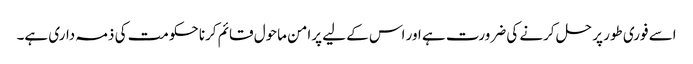
اسے فوری طور پر حل کرنے کی ضرورت ہے اور اس کے لیے پرامن ماحول قائم کرنا حکومت کی ذمہ داری ہے۔